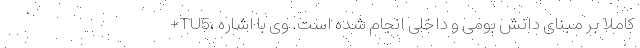
+TU5، کاملا بر مبنای دانش بومی و داخلی انجام شده است. وی با اشاره